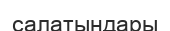
салатындары